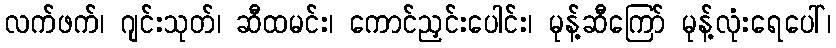
လက်ဖက်၊ ဂျင်းသုတ်၊ ဆီထမင်း၊ ကောင်ညှင်းပေါင်း၊ မုန့်ဆီကြော် မုန့်လုံးရေပေါ်၊